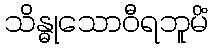
သိန္ဓုသောဝီရဘူမိံ